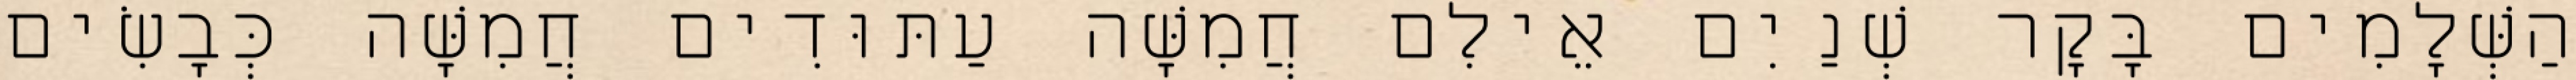
הַשְּׁלָמִים בָּקָר שְׁנַיִם אֵילִם חֲמִשָּׁה עַתּוּדִים חֲמִשָּׁה כְּבָשִׂים